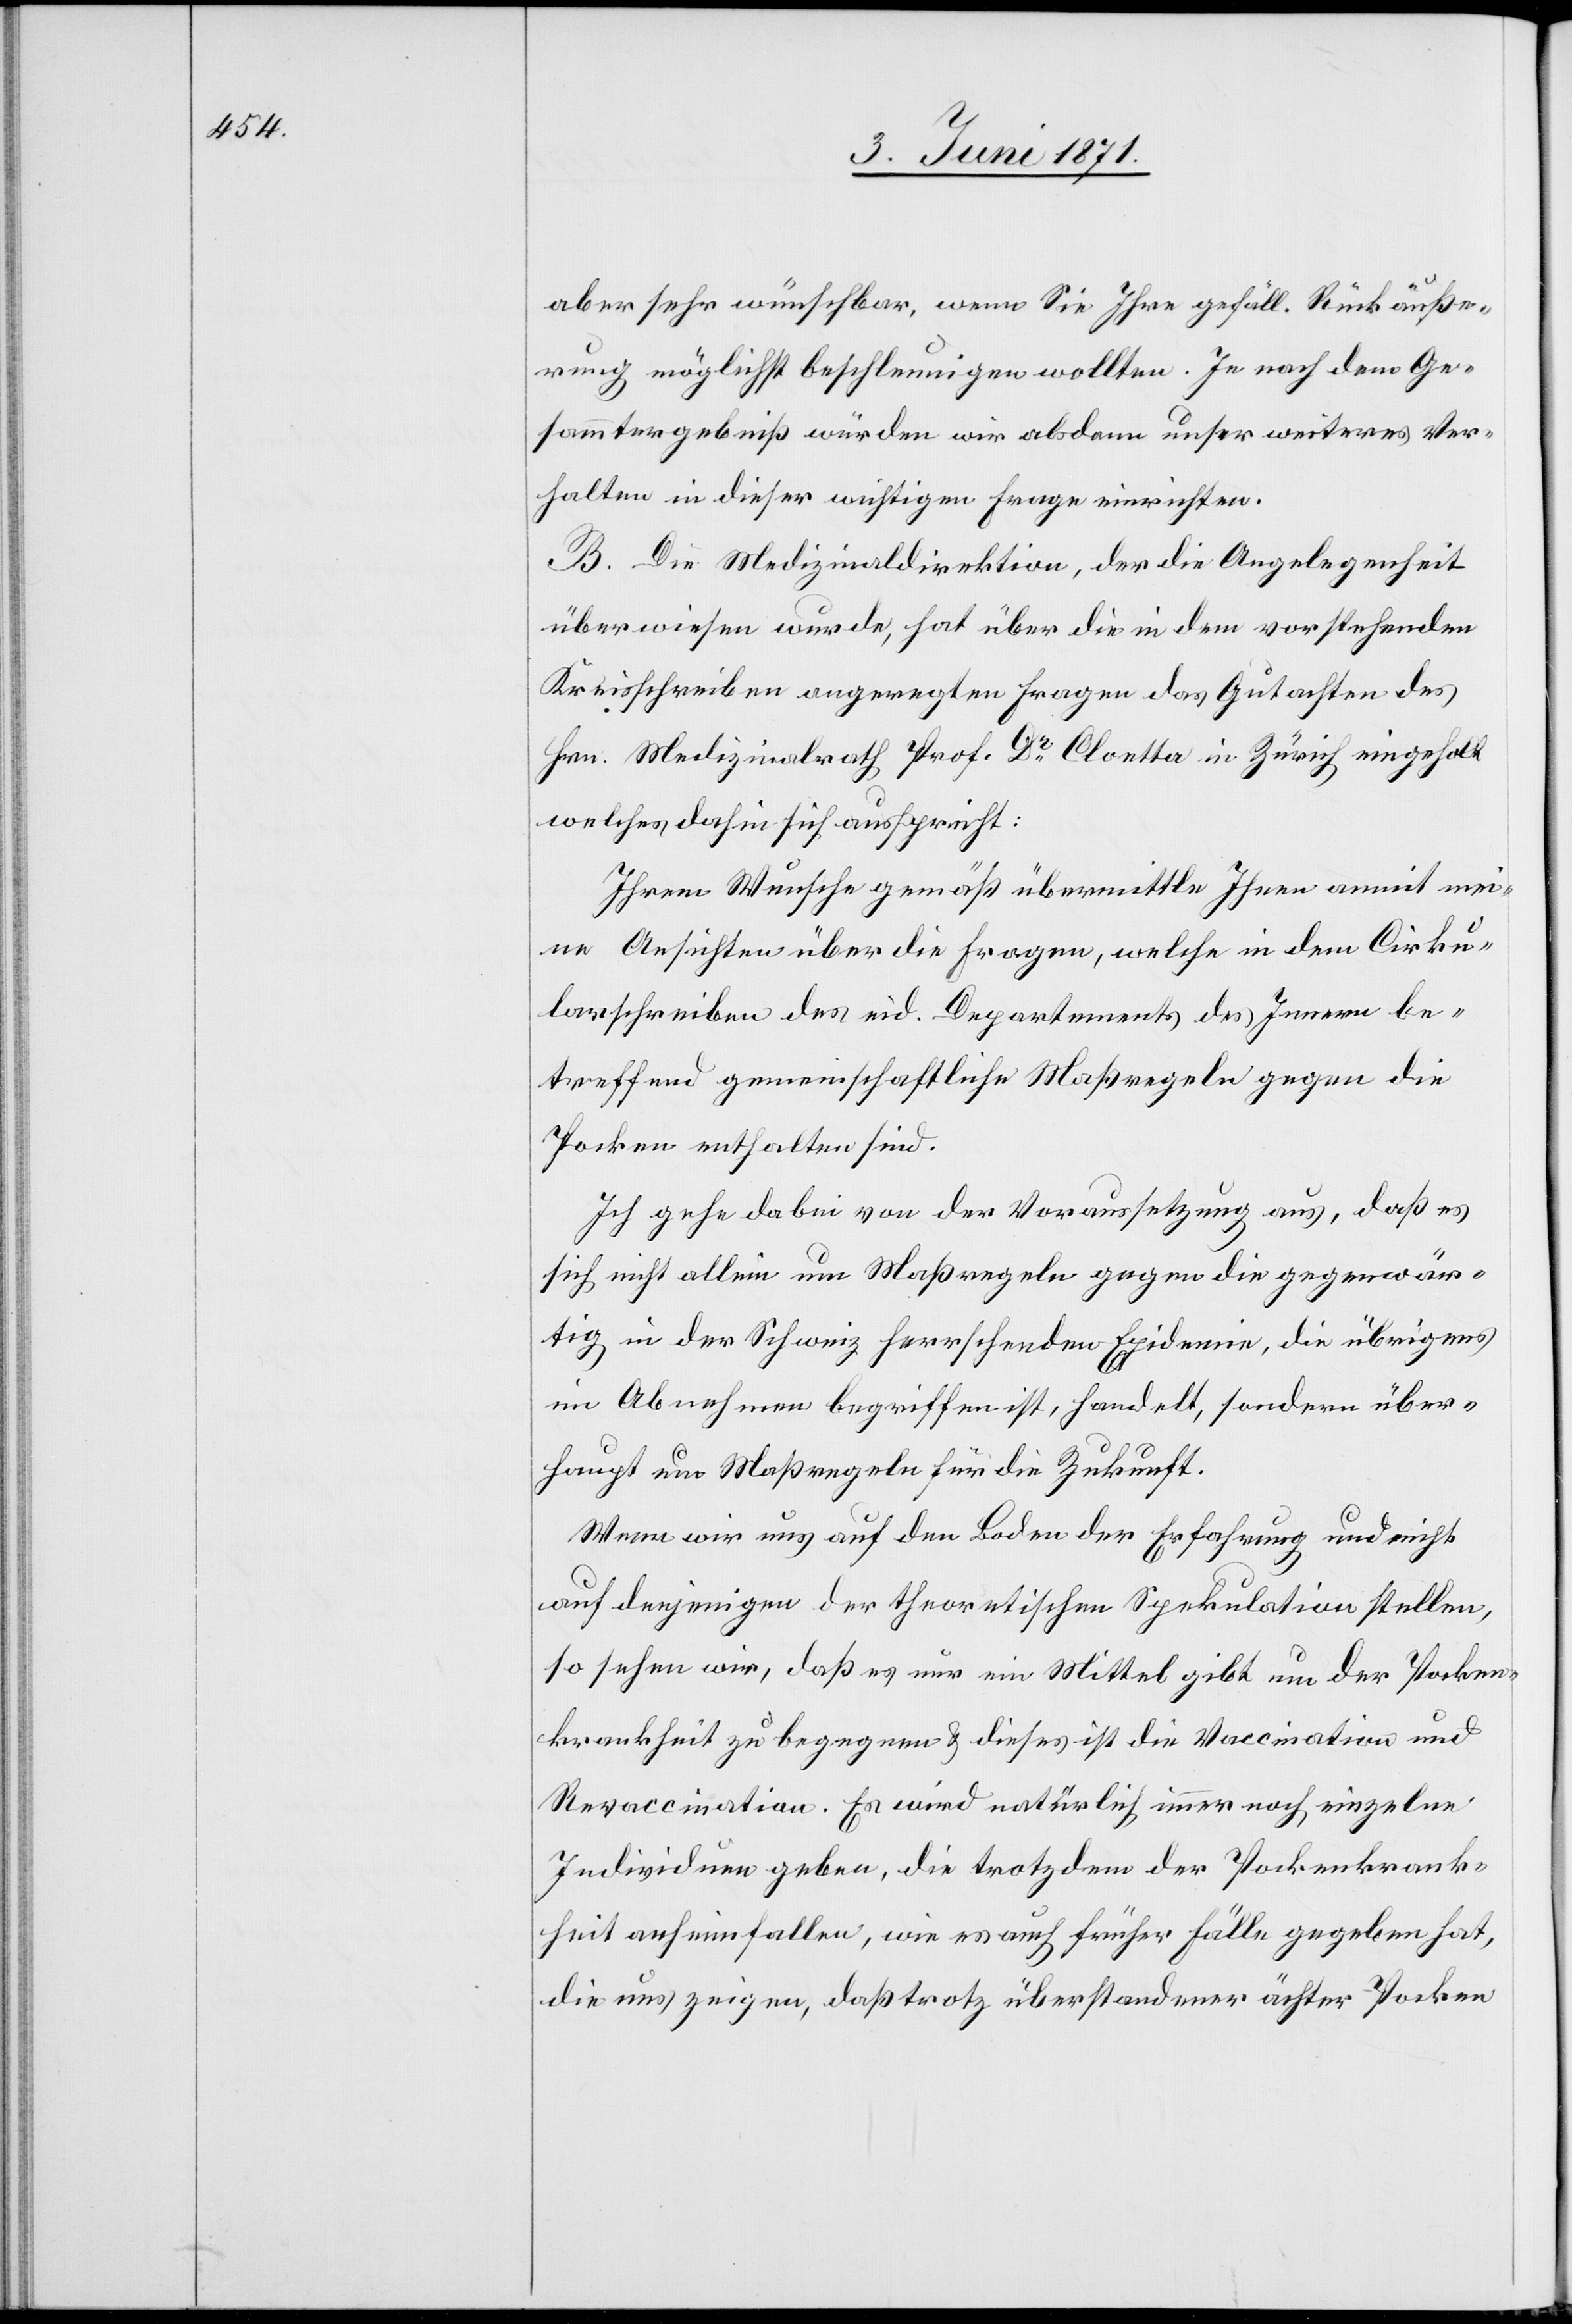
aber sehr wünschbar, wenn Sie Ihre gefäll. Rückäuße¬
rung möglichst beschleunigen wollten. Je nach dem Ge¬
sammtergebniß würden wir alsdann unser weiteres Ver¬
halten in dieser wichtigen Frage einrichten.
B. Die Medizinaldirektion, der die Angelegenheit
überwiesen wurde, hat über die in dem vorstehenden
Kreisschreiben angeregten Fragen das Gutachten des
Hrn. Medizinalrath Prof. Dr. Cloetta in Zürich eingeholt
welches dahin sich ausspricht:
Ihrem Wunsche gemäß übermittle Ihnen anmit mei¬
ne Ansichten über die Fragen, welche in dem Cirku¬
larschreiben des eid. Departements des Innern be¬
treffend gemeinschaftliche Maßregeln gegen die
Pocken enthalten sind.
Ich gehe dabei von der Voraussetzung aus, daß es
sich nicht allein um Maßregeln gegen die gegenwär¬
tig in der Schweiz herrschenden Epidemie, die übrigens
in Abnahmen begriffen ist, handelt, sondern über¬
haupt um Maßregeln für die Zukunft.
Wenn wir uns auf den Boden der Erfahrung und nicht
auf denjenigen der theoretischen Spekulation stellen,
so sehen wir, daß es nur ein Mittel gibt um der Pocken¬
krankheit zu begegnen u. dieses ist die Vaccination und
Revaccination. Es wird natürlich immer noch einzelne
Individuen geben, die trotzdem der Pockenkrank¬
heit anheimfallen, wie es auch früher Fälle gegeben hat,
die uns zeigen, daß trotz überstandener ächter Pocken